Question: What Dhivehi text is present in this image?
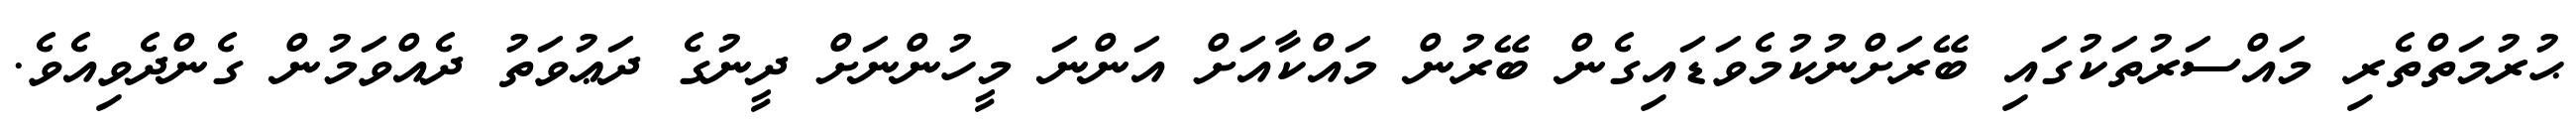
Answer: ޙުރުމަތްތެރި މައްސަރުތަކުގައި ބޭރަށްނުކުމެވަޑައިގެން ބޭރުން މައްކާއަށް އަންނަ މީހުންނަށް ދީނުގެ ދަޢުވަތު ދެއްވަމުން ގެންދެވިއެވެ.